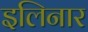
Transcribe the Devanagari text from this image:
इलिनार